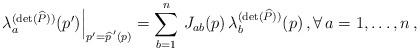
LaTeX: \begin{align*} \left.\lambda^{(\det(\widehat P))}_a(p')\right|_{p'=\widehat{p\,}'(p)}=\sum_{b=1}^n\,J_{ab}(p)\,\lambda^{(\det(\widehat P))}_b(p)\,,\forall\,a=1,\ldots,n\,,\end{align*}